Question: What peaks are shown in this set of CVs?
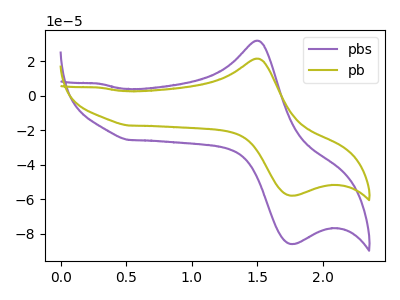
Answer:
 <answer>The purple curve "pbs" has an anodic peak at (1.50V, 31.90uA) and a cathodic peak at (1.80V, -86.05uA). The olive curve "pb" has an anodic peak at (1.50V, 21.50uA) and a cathodic peak at (1.80V, -58.00uA).</answer>
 <eval></eval>